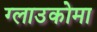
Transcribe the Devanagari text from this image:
ग्लाउकोमा